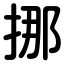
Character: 挪